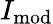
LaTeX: I_{\mathrm{mod}}